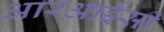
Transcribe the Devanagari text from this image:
आरआईसी